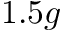
1 . 5 g